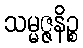
သမ္မဇ္ဇနိဉ္စ